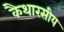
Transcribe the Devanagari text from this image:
कैथारसीय